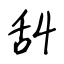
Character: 舏